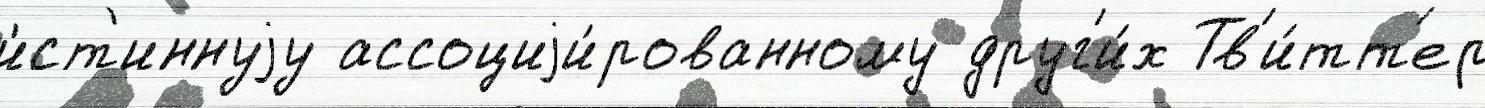
и́ст'иннуjу ассоциjи́рованному друг'и́х Тв'и́тт'ер